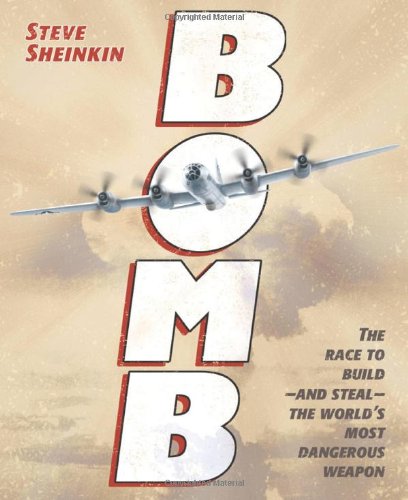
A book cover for Bomb: The Race to Build--and Steal--the World's Most Dangerous Weapon (Newbery Honor Book); Steve Sheinkin; Children's Books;